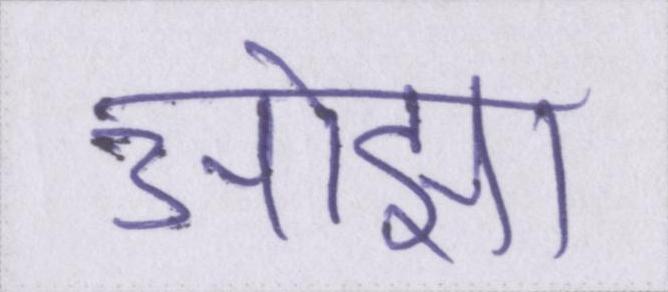
ओझा